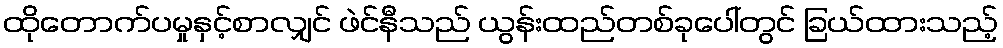
ထိုတောက်ပမှုနှင့်စာလျှင် ဖဲင်နီသည် ယွန်းထည်တစ်ခုပေါ်တွင် ခြယ်ထားသည့်